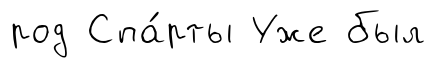
род Спа́рты Уже был